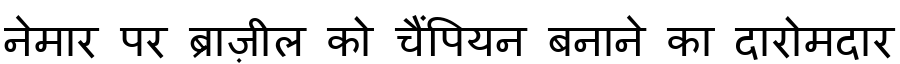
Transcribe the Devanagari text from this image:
नेमार पर ब्राज़ील को चैंपियन बनाने का दारोमदार